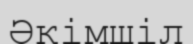
Әкімшіл